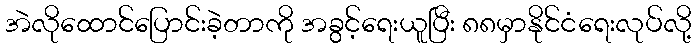
အဲလိုထောင်ပြောင်းခဲ့တာကို အခွင့်ရေးယူပြီး ၈၈မှာနိုင်ငံရေးလုပ်လို့